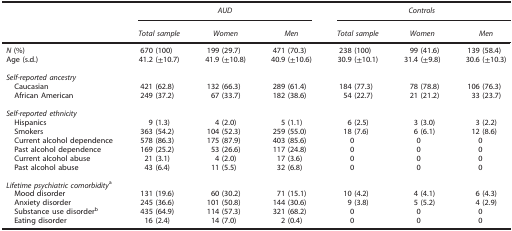
<table><thead><tr><td><b> </b></td><td colspan="3"><b><i>AUD</i></b></td><td colspan="3"><b><i>Controls</i></b></td></tr><tr><td><b> </b></td><td><b><i>Total sample</i></b></td><td><b><i>Women</i></b></td><td><b><i>Men</i></b></td><td><b><i>Total sample</i></b></td><td><b><i>Women</i></b></td><td><b><i>Men</i></b></td></tr></thead><tbody><tr><td><i>N</i> (%)</td><td>670 (100)</td><td>199 (29.7)</td><td>471 (70.3)</td><td>238 (100)</td><td>99 (41.6)</td><td>139 (58.4)</td></tr><tr><td>Age (s.d.)</td><td>41.2 (±10.7)</td><td>41.9 (±10.8)</td><td>40.9 (±10.6)</td><td>30.9 (±10.1)</td><td>31.4 (±9.8)</td><td>30.6 (±10.3)</td></tr><tr><td> </td><td> </td><td> </td><td> </td><td> </td><td> </td><td> </td></tr><tr><td colspan="7"><i>Self-reported ancestry</i></td></tr><tr><td> Caucasian</td><td>421 (62.8)</td><td>132 (66.3)</td><td>289 (61.4)</td><td>184 (77.3)</td><td>78 (78.8)</td><td>106 (76.3)</td></tr><tr><td> African American</td><td>249 (37.2)</td><td>67 (33.7)</td><td>182 (38.6)</td><td>54 (22.7)</td><td>21 (21.2)</td><td>33 (23.7)</td></tr><tr><td> </td><td> </td><td> </td><td> </td><td> </td><td> </td><td> </td></tr><tr><td colspan="7"><i>Self-reported ethnicity</i></td></tr><tr><td> Hispanics</td><td>9 (1.3)</td><td>4 (2.0)</td><td>5 (1.1)</td><td>6 (2.5)</td><td>3 (3.0)</td><td>3 (2.2)</td></tr><tr><td> Smokers</td><td>363 (54.2)</td><td>104 (52.3)</td><td>259 (55.0)</td><td>18 (7.6)</td><td>6 (6.1)</td><td>12 (8.6)</td></tr><tr><td> Current alcohol dependence</td><td>578 (86.3)</td><td>175 (87.9)</td><td>403 (85.6)</td><td>0</td><td>0</td><td>0</td></tr><tr><td> Past alcohol dependence</td><td>169 (25.2)</td><td>53 (26.6)</td><td>117 (24.8)</td><td>0</td><td>0</td><td>0</td></tr><tr><td> Current alcohol abuse</td><td>21 (3.1)</td><td>4 (2.0)</td><td>17 (3.6)</td><td>0</td><td>0</td><td>0</td></tr><tr><td> Past alcohol abuse</td><td>43 (6.4)</td><td>11 (5.5)</td><td>32 (6.8)</td><td>0</td><td>0</td><td>0</td></tr><tr><td> </td><td> </td><td> </td><td> </td><td> </td><td> </td><td> </td></tr><tr><td colspan="7"><i>Lifetime psychiatric comorbidity</i>a</td></tr><tr><td> Mood disorder</td><td>131 (19.6)</td><td>60 (30.2)</td><td>71 (15.1)</td><td>10 (4.2)</td><td>4 (4.1)</td><td>6 (4.3)</td></tr><tr><td> Anxiety disorder</td><td>245 (36.6)</td><td>101 (50.8)</td><td>144 (30.6)</td><td>9 (3.8)</td><td>5 (5.2)</td><td>4 (2.9)</td></tr><tr><td> Substance use disorderb</td><td>435 (64.9)</td><td>114 (57.3)</td><td>321 (68.2)</td><td>0</td><td>0</td><td>0</td></tr><tr><td> Eating disorder</td><td>16 (2.4)</td><td>14 (7.0)</td><td>2 (0.4)</td><td>0</td><td>0</td><td>0</td></tr></tbody></table>